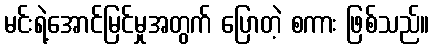
မင်းရဲ့အောင်မြင်မှုအတွက် ပြောတဲ့ စကား ဖြစ်သည်။